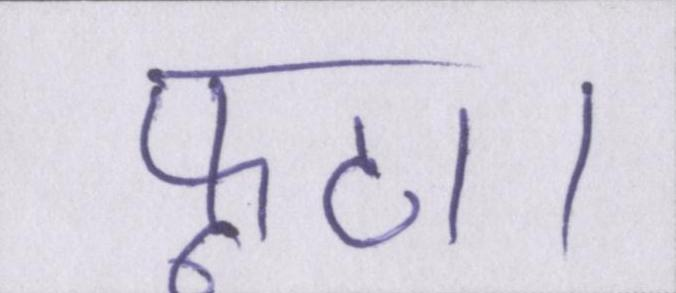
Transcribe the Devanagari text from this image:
फूटा।